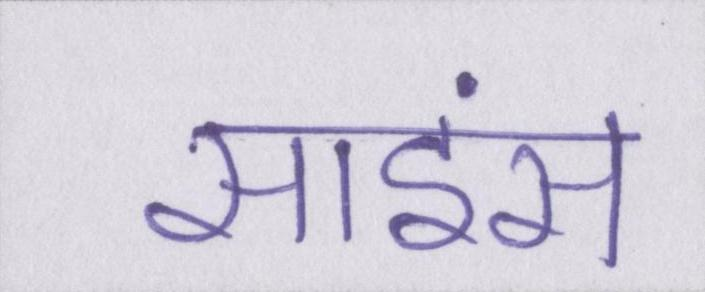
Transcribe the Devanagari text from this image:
साइंस